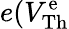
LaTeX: e(V_{\mathrm{Th}}^{\mathrm{e}}